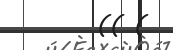
(( (